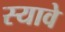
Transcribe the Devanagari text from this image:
स्यावे